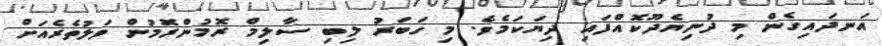
އަނދައިގެން މި ދުނިޔެދޫކޮއްފައި ދިޔަކަމެވެ. މި ހަބަރު ލިބި ސާލިމް ރޮމުންރޮމުން ވަލުތެރެއަށް